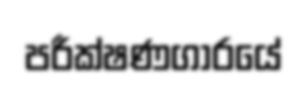
පරීක්ෂණගාරයේ